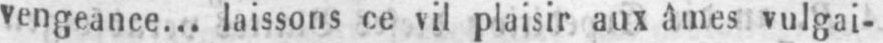
vengeance... laissons ce vil plaisir aux âmes vulgai-